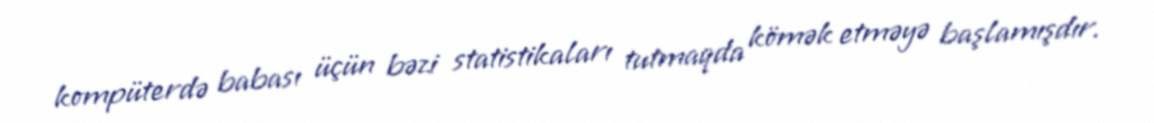
kompüterdə babası üçün bəzi statistikaları tutmaqda kömək etməyə başlamışdır.